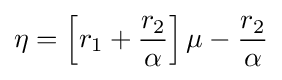
\eta =\left[r_{1}+{\frac {r_{2}}{\alpha }}\right]\mu -{\frac {r_{2}}{\alpha }}